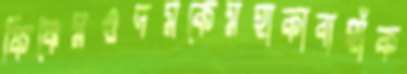
ফিঞ্চেমওদমকেমহাকাব্যহাঁক